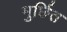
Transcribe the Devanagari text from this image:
मुर्छित